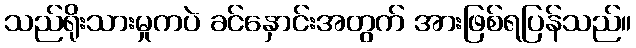
သည်ရိုးသားမှုကပဲ ခင်နှောင်းအတွက် အားဖြစ်ရပြန်သည်။